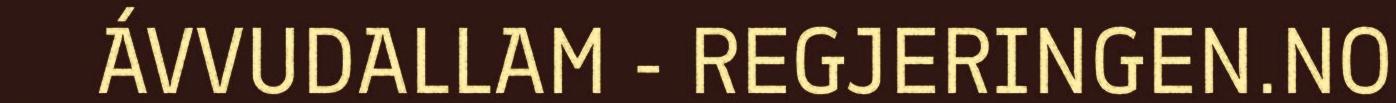
ÁVVUDALLAM - REGJERINGEN.NO